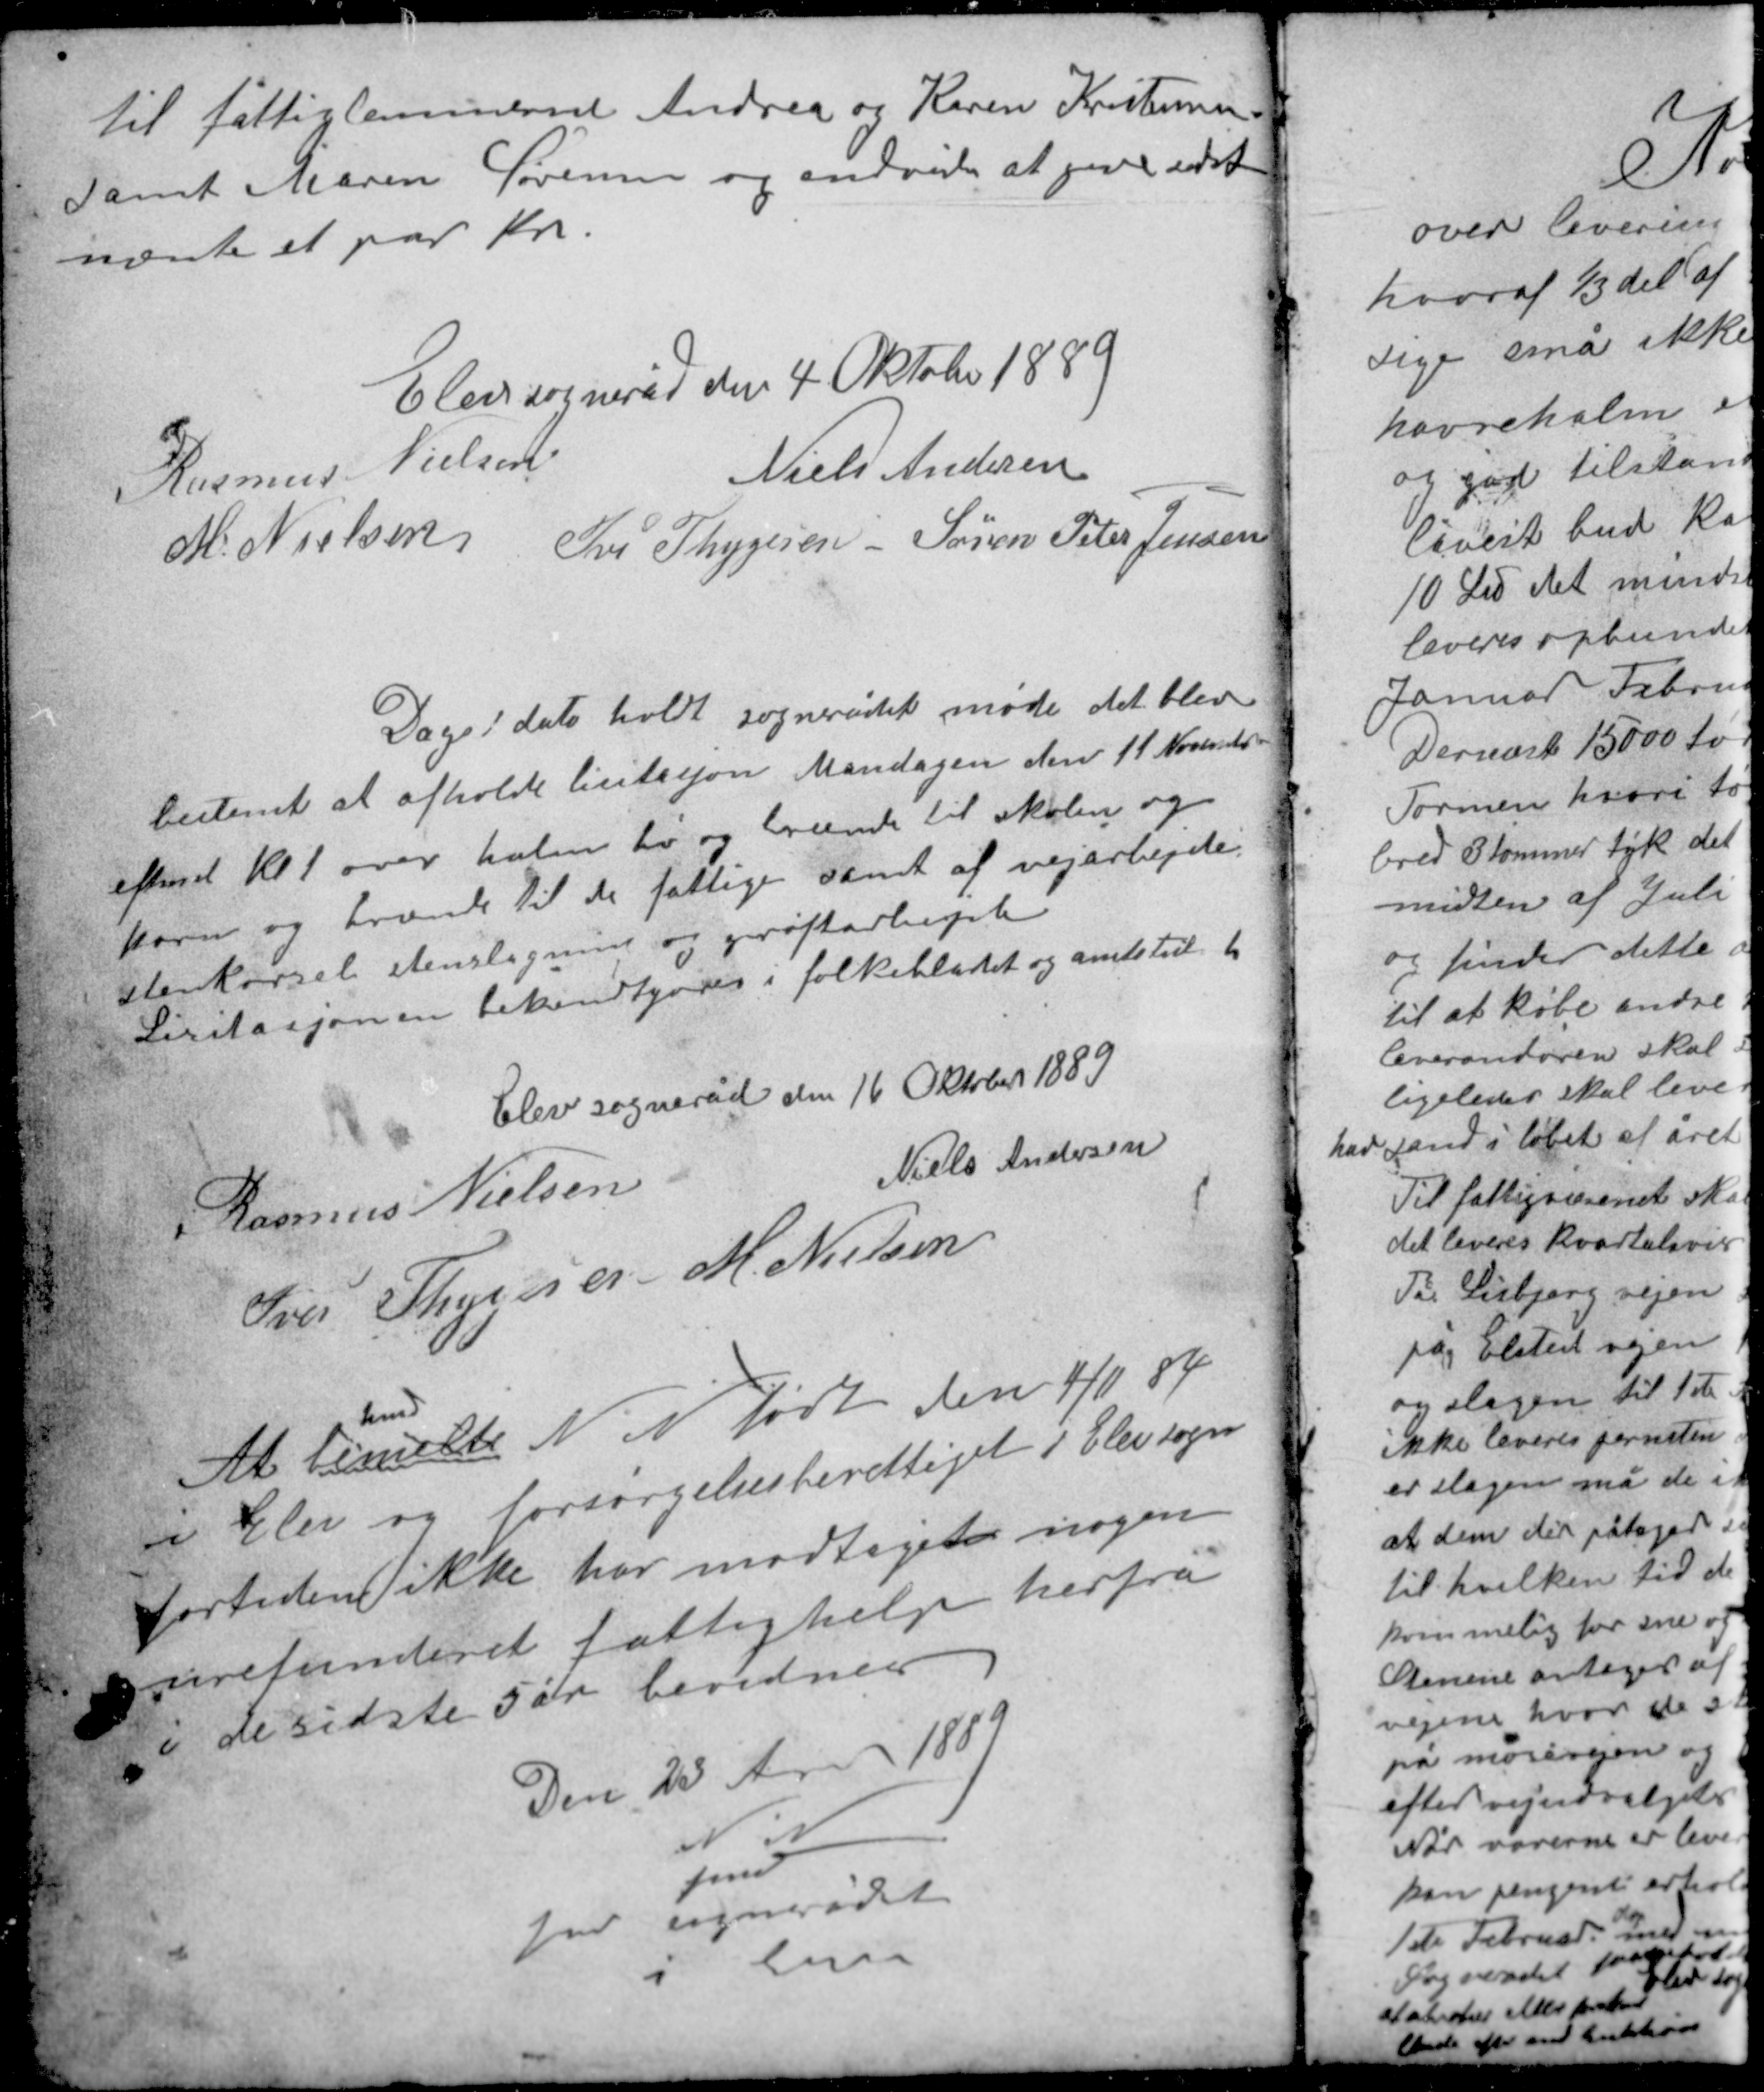
Transskription:
til fattiglemmerne Andrea og Karen Kristensen
samt Maren Sørensen og endvidere at give sidst
nævnte et par kr.

Elev sogneråd den 4 Oktober 1889
Rasmus Nielsen Niels Andersen
M. Nielsen Iver Thygesen Søren Peter Jensen

Dags dato holdt sognerådet møde det blev
bestemt at afholde licitasjon Mandagen den 11 November
eftermd Kl 1 over halm hø og brænde til skolen og
korn og brænde til de fattige samt af vejarbejde
stenkørsel stenslagning og grøftearbejde
Licitasjonen bekendtgøres i folkebladet og amtstidende.

Elev sogneråd den 16 Oktober 1889
Niels Andersen
Rasmus Nielsen
Iver Thygesen M. Nielsen

hvad
At bemeldte N N født den 4/11 84
i Elev og forsørgelsesberettiget i Elev sogn
fortiden ikke har modtaget nogen
urefunderet fattighjælp herfra
i de sidste 5 år bevidnes

Den 23 April 1889
N. N.
fmd
for sognerådet
i